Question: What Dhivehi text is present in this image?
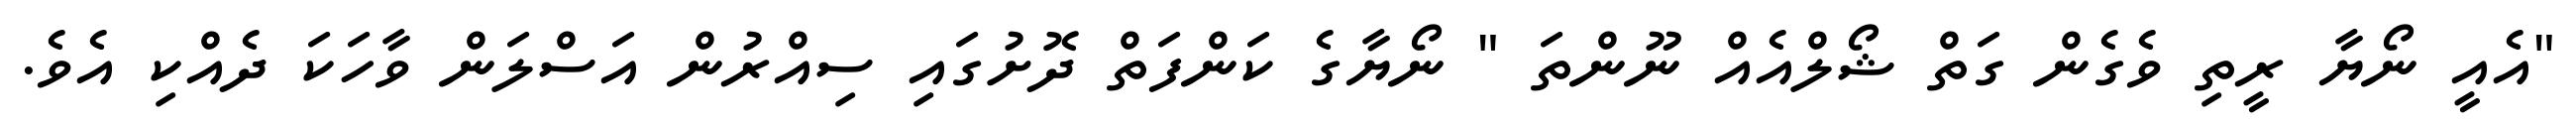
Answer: "އެއީ ނޯޔާ ރީތި ވެގެން ގަތް ޝޯލްއެއް ނޫންތަ " ނޯޔާގެ ކަންފަތް ދޮށުގައި ސިއްރުން އަސްލަން ވާހަކަ ދެއްކި އެވެ.